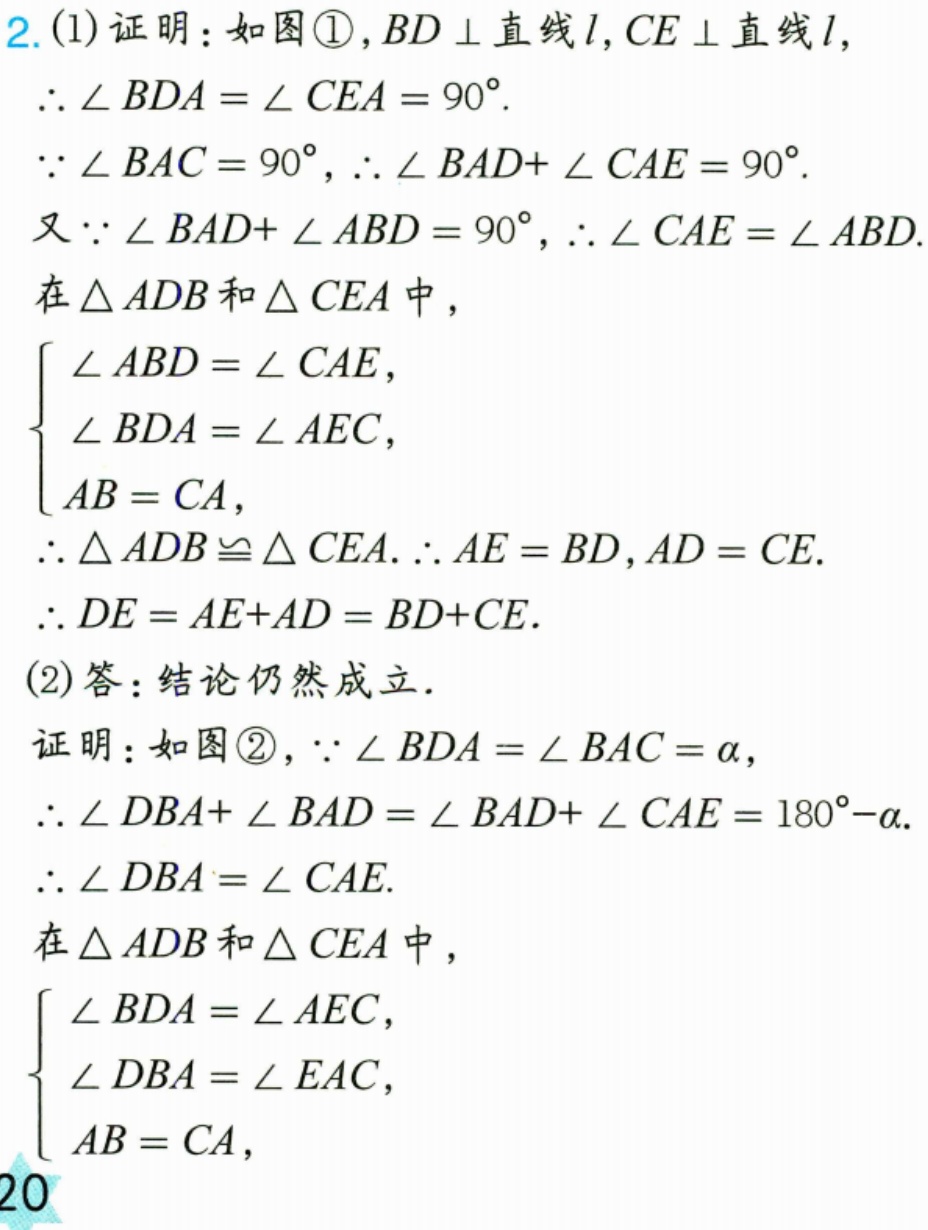
2. (1)证明：如图\textcircled{1}，\(BD\perp\)直线\(l\)，\(CE\perp\)直线\(l\)，
\(\therefore\angle BDA=\angle CEA = 90^{\circ}\).
\(\because\angle BAC = 90^{\circ}\)，\(\therefore\angle BAD+\angle CAE = 90^{\circ}\).
又\(\because\angle BAD+\angle ABD = 90^{\circ}\)，\(\therefore\angle CAE=\angle ABD\).
在\(\triangle ADB\)和\(\triangle CEA\)中，
\(\begin{cases}
\angle ABD=\angle CAE,\\
\angle BDA=\angle AEC,\\
AB = CA,
\end{cases}\)
\(\therefore\triangle ADB\cong\triangle CEA\). \(\therefore AE = BD\)，\(AD = CE\).
\(\therefore DE=AE + AD=BD + CE\).

(2)答：结论仍然成立.
证明：如图\textcircled{2}，\(\because\angle BDA=\angle BAC=\alpha\)，
\(\therefore\angle DBA+\angle BAD=\angle BAD+\angle CAE = 180^{\circ}-\alpha\).
\(\therefore\angle DBA=\angle CAE\).
在\(\triangle ADB\)和\(\triangle CEA\)中，
\(\begin{cases}
\angle BDA=\angle AEC,\\
\angle DBA=\angle EAC,\\
AB = CA,
\end{cases}\)
20